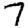
Digit: 7